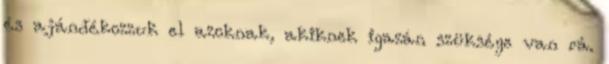
és ajándékozzuk el azoknak, akiknek igazán szüksége van rá.